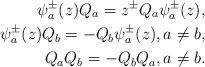
LaTeX: \begin{align*}\psi_{a}^{\pm}(z)Q_{a}=z^{\pm}Q_{a}\psi_{a}^{\pm}(z), \\\psi_{a}^{\pm}(z)Q_{b}=-Q_{b}\psi_{a}^{\pm}(z),a\ne b, \\Q_{a}Q_{b}=-Q_{b}Q_{a},a\ne b.\end{align*}